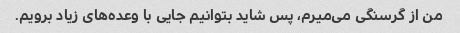
من از گرسنگی می‌میرم، پس شاید بتوانیم جایی با وعده‌های زیاد برویم.